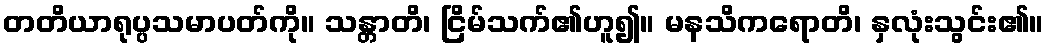
တတိယာရုပ္ပသမာပတ်ကို။ သန္တာတိ၊ ငြိမ်သက်၏ဟူ၍။ မနသိကရောတိ၊ နှလုံးသွင်း၏။